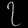
Digit: ၇